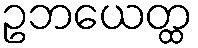
ဥဘယေတ္ထ